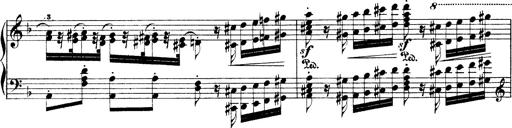
Title: Illustrations de l'opÃ©ra L'Africaine
Composer: Franz Liszt